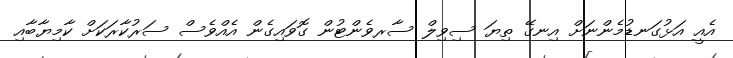
އެއީ އަޅުގަނޑުމެންނަށް އިނގޭ ތިޔަ ސިވިލް ސާރވެންޓުން ގޮވައިގެން އެއްވެސް ސަރުކާރަކަށް ކާމިޔާބާއި